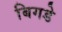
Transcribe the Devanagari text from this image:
बिगडे